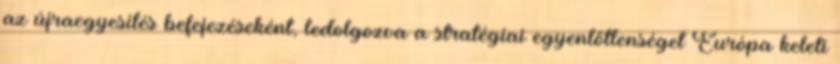
az újraegyesítés befejezéseként, ledolgozva a stratégiai egyenlőtlenséget Európa keleti